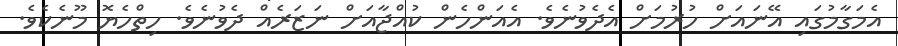
އެމަގާމުގައި އޭނައަށް ހުރުމަށް އެދެވުނެވެ. އެއަންހެން ކުއްޖާއަށް ނަޒަރެއް ދެވުނެވެ. ހިތްހެޔޮ މޫނެކެވެ.